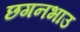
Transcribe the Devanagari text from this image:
छगनभाउ